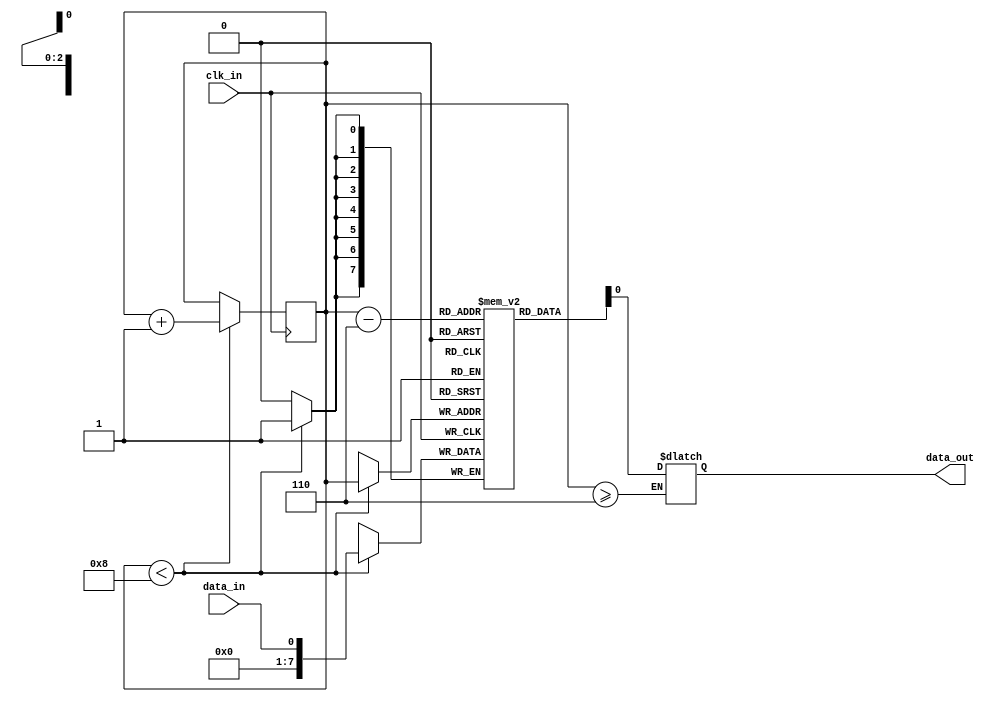
module almost_full_fifo (
  input wire clk_in,
  input wire data_in,
  output reg data_out
);

reg [7:0] fifo_buffer [0:7];
reg [2:0] buffer_pointer;

always @(posedge clk_in) begin
  if (buffer_pointer < 8) begin
    fifo_buffer[buffer_pointer] <= data_in;
    buffer_pointer <= buffer_pointer + 1;
  end
end

always @(*) begin
  if (buffer_pointer >= 6) begin
    data_out <= fifo_buffer[buffer_pointer - 6];
  end
end

endmodule